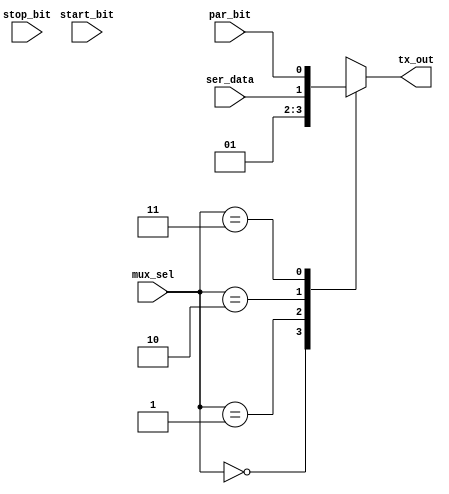
module mux4x1(
  input wire ser_data,start_bit,stop_bit,par_bit,
  input wire [1:0] mux_sel,
  output reg tx_out
  );
  
assign start_bit = 1'b0;
assign stop_bit = 1'b1;


always@(*)begin
  case(mux_sel)
    2'b00: tx_out = start_bit;
    2'b01: tx_out = stop_bit;
    2'b10: tx_out = ser_data; 
    2'b11: tx_out = par_bit;
 endcase
 end
 endmodule